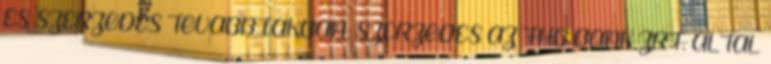
ÉS SZERZŐDÉS TOVÁBBIAKBAN: SZERZŐDÉS AZ FHB BANK ZRT. ÁLTAL